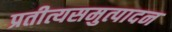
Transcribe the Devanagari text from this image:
प्रतीत्यसमुत्पादन